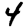
Digit: 4